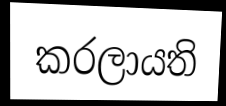
කරලායති